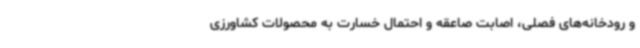
و رودخانه‌های فصلی، اصابت صاعقه و احتمال خسارت به محصولات کشاورزی